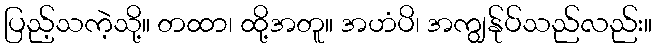
ပြည့်သကဲ့သို့။ တထာ၊ ထို့အတူ။ အဟံပိ၊ အကျွန်ုပ်သည်လည်း။